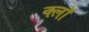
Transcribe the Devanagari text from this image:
क्लॉ